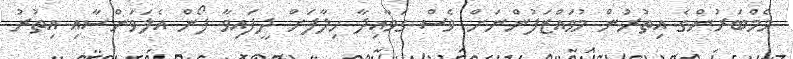
މެމްބަރުންގެ އިތުރުން މުވައްޒަފުންނަށް ވެސް ގަވާއިދާ ހިލާފަށް ދީފައިވާ ފޯން އެލަވަންސާއި އިތުރު